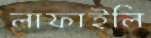
লাফাইলি